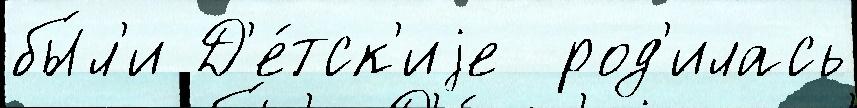
бы́л'и Д'е́тск'иjе  род'илась